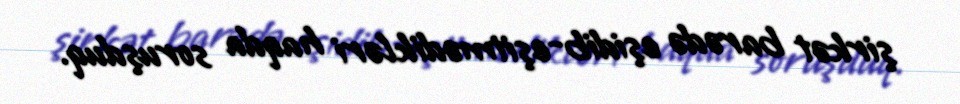
şirkət barədə eşidib-eşitmədikləri haqda soruşduq.